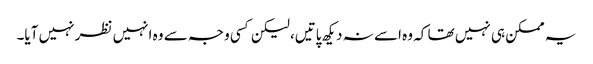
یہ ممکن ہی نہیں تھا کہ وہ اسے نہ دیکھ پاتیں، لیکن کسی وجہ سے وہ انہیں نظر نہیں آیا۔